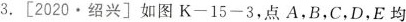
3.[2020•绍兴]如图K-15-3，点A，B，C，D，E均